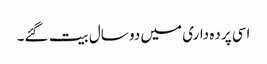
اسی پرده داری میں دو سال بیت گئے۔